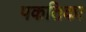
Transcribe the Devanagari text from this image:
पकतिका